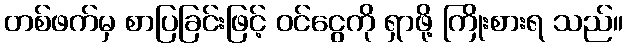
တစ်ဖက်မှ စာပြခြင်းဖြင့် ဝင်ငွေကို ရှာဖို့ ကြိုးစားရ သည်။